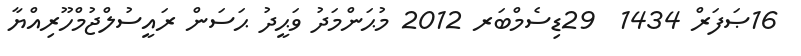
16ޞަފަރް 1434  29ޑިސެމްބަރ 2012 މުޙަންމަދު ވަޙީދު ޙަސަން ރައީސުލްޖުމްހޫރިއްޔާ